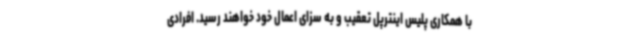
با همکاری پلیس اینترپل تعقیب و به سزای اعمال خود خواهند رسید. افرادی